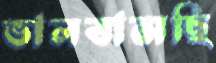
ভালবাসছি